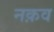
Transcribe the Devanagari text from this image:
नक़व